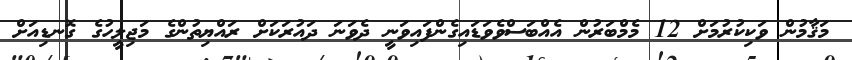
މަޤާމުން ވަކިކުރުމަށް 12 މެމްބަރުން އެއްބަސްވެވަޑަައިގެންފައިވަނީ ދެވަނަ ދައުރަކަށް ރައްޔިތުންގެ މަޖިލީހުގެ ގޮނޑިއަށް